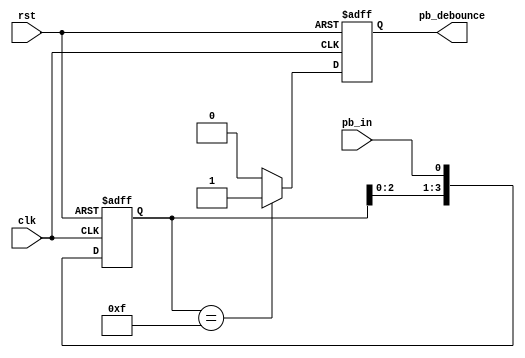
`timescale 1ns / 1ps
//////////////////////////////////////////////////////////////////////////////////
// Company: 
// Engineer: 
// 
// Design Name: 
// Module Name: debounce
// Project Name: 
// Target Devices: 
// Tool Versions: 
// Description: 
// 
// Dependencies: 
// 
// Revision:
// Revision 0.01 - File Created
// Additional Comments:
// 
//////////////////////////////////////////////////////////////////////////////////
`define DEBOUNCE_WINDOW_SIZE 4
module debounce(
    pb_debounce,
    pb_in,
    clk,
    rst
    );
    
    output pb_debounce;
    
    input pb_in;
    input clk;
    input rst;
    
    reg pb_debounce;
    reg [`DEBOUNCE_WINDOW_SIZE-1:0] debounce_window;
    reg pb_debounce_next;
    
    always@(posedge clk or posedge rst)
        if(rst)
            debounce_window<=`DEBOUNCE_WINDOW_SIZE'd0;
        else
            debounce_window<={debounce_window[`DEBOUNCE_WINDOW_SIZE-2:0],pb_in};
 
    always@(*)
        if (debounce_window == `DEBOUNCE_WINDOW_SIZE'b1111) 
            pb_debounce_next = 1'b1;
        else
            pb_debounce_next = 1'b0;
            
    always@(posedge clk or posedge rst)
        if(rst)
            pb_debounce<=1'b0;
        else
            pb_debounce<=pb_debounce_next;   
   
endmodule